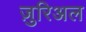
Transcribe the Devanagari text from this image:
ज़ुरिअल